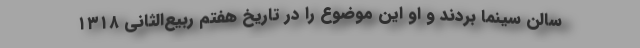
سالن سینما بردند و او این موضوع را در تاریخ هفتم ربیع‌الثانی ۱۳۱۸